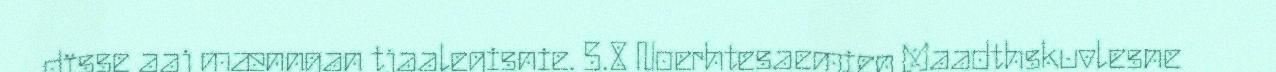
dïsse aaj mænngan tjaalegisnie. 5.8 Noerhtesaemien Maadthskuvlesne